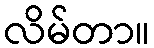
လိမ်တာ။